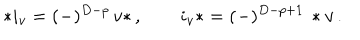
LaTeX: * i _ { v } = ( - ) ^ { D - p } \, v * \, , \quad \quad i _ { v } * = ( - ) ^ { D - p + 1 } \, * v \, .